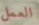
العمل